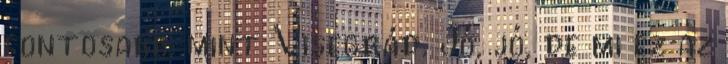
fontosabb, mint Visegrád. Jó, jó, de mi ez az